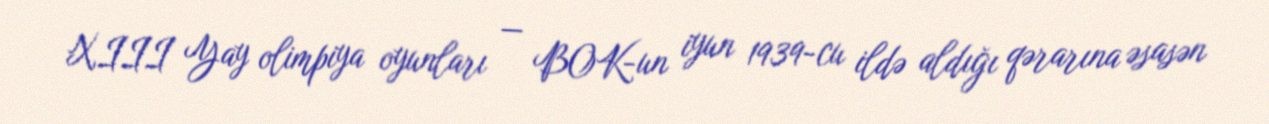
XIII Yay olimpiya oyunları — BOK-un iyun 1939-cu ildə aldığı qərarına əsasən